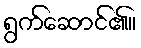
ရွက်ဆောင်၏။